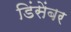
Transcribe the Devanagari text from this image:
डिंसेंबर